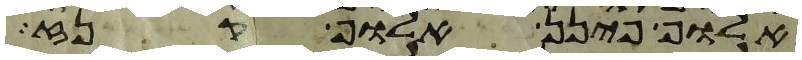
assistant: אלוף פינן אלוף קנז